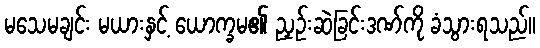
မသေမချင်း မယားနှင့် ယောက္ခမ၏ ညှဉ်းဆဲခြင်းဒဏ်ကို ခံသွားရသည်။